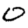
Digit: 0